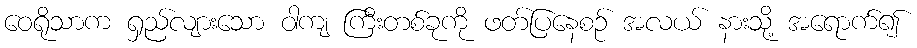
ဝေရိုသာက ရှည်လျားသော ဝါကျ ကြီးတစ်ခုကို ဖတ်ပြနေစဉ် အလယ် နားသို့ အရောက်၍